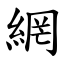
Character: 網